Civil Veterinary Department Bengal reports 1933-51 - 1933-1951
Year: 1933
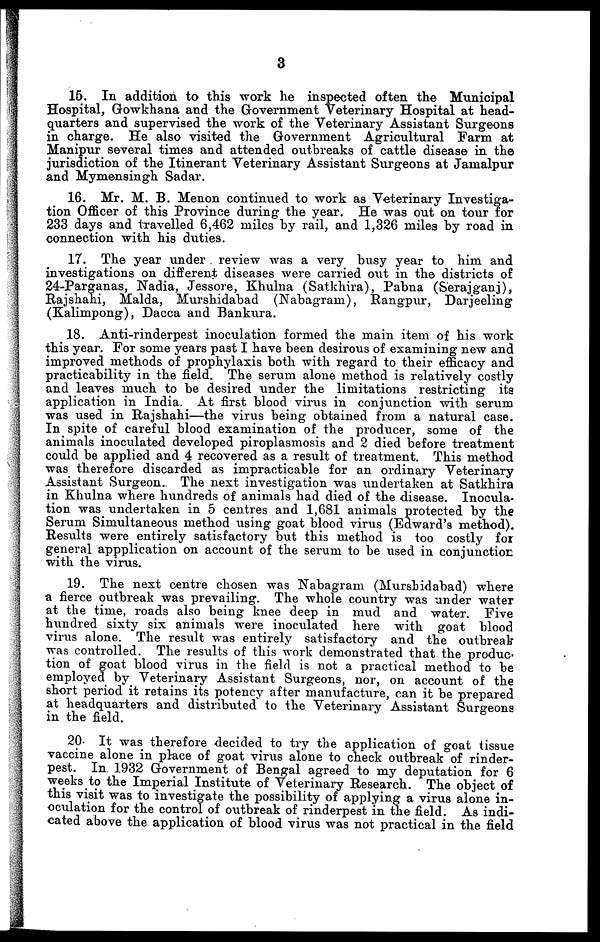
3
15. In addition to this work he inspected often the Municipal
Hospital, Gowkhana and the Government Veterinary Hospital at head-
quarters and supervised the work of the Veterinary Assistant Surgeons
in charge. He also visited the Government Agricultural Farm at
Manipur several times and attended outbreaks of cattle disease in the
jurisdiction of the Itinerant Veterinary Assistant Surgeons at Jamalpur
and Mymensingh Sadar.
16. Mr. M. B. Menon continued to work as Veterinary Investiga-
tion Officer of this Province during the year. He was out on tour for
233 days and travelled 6,462 miles by rail, and 1,326 miles by road in
connection with his duties.
17. The year under review was a very busy year to him and
investigations on different diseases were carried out in the districts of
24-Parganas, Nadia, Jessore, Khulna (Satkhira), Pabna (Serajganj),
Rajshahi,a Malda, Murshidabad (Nabagram), Rangpur, Darjeeling
(Kalimpong), Dacca and Bankura.
18. Anti-rinderpest inoculation formed the main item of his work
this year. For some years past I have been desirous of examining new and
improved methods of prophylaxis both with regard to their efficacy and
practicability in the field. The serum alone method is relatively costly
and leaves much to be desired under the limitations restricting its
application in India. At first blood virus in conjunction with serum
was used in Rajshahi—the virus being obtained from a natural case.
In spite of careful blood examination of the producer, some of the
animals inoculated developed piroplasmosis and 2 died before treatment
could be applied and 4 recovered as a result of treatment. This method
was therefore discarded as impracticable for an ordinary Veterinary
Assistant Surgeon. The next investigation was undertaken at Satkhira
in Khulna where hundreds of animals had died of the disease. Inocula-
tion was undertaken in 5 centres and 1,681 animals protected by the
Serum Simultaneous method using goat blood virus (Edward's method).
Results were entirely satisfactory but this method is too costly for
general appplication on account of the serum to be used in conjunction
with the virus.
19. The next centre chosen was Nabagram (Murshidabad) where
a fierce outbreak was prevailing. The whole country was under water
at the time, roads also being knee deep in mud and water. Five
hundred sixty six animals were inoculated here with goat blood
virus alone. The result was entirely satisfactory and the outbreak
was controlled. The results of this work demonstrated that the produc-
tion of goat blood virus in the field is not a practical method to be
employed by Veterinary Assistant Surgeons, nor, on account of the
short period it retains its potency after manufacture, can it be prepared
at headquarters and distributed to the Veterinary Assistant Surgeons
in the field.
20. It was therefore decided to try the application of goat tissue
vaccine alone in place of goat virus alone to check outbreak of rinder-
pest. In 1932 Government of Bengal agreed to my deputation for 6
weeks to the Imperial Institute of Veterinary Research. The object of
this visit was to investigate the possibility of applying a virus alone in-
oculation for the control of outbreak of rinderpest in the field. As indi-
cated above the application of blood virus was not practical in the field